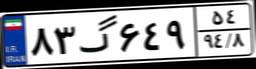
۸۳گ۶۴۹۵۴